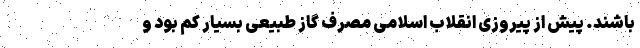
باشند. پیش از پیروزی انقلاب اسلامی مصرف گاز طبیعی بسیار کم بود و